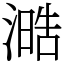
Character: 㵆